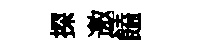
探邀饁